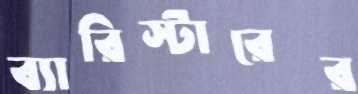
ব্যারিস্টারের